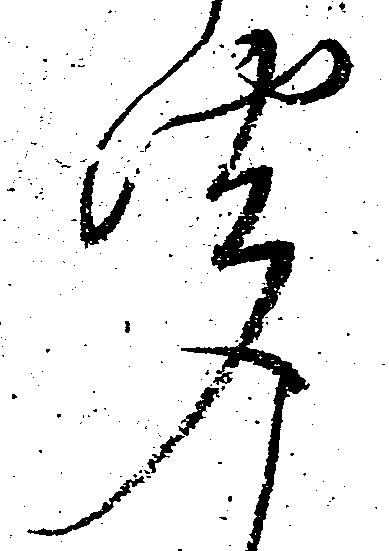
聞